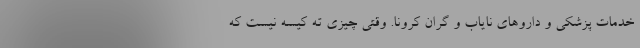
خدمات پزشکی و داروهای نایاب و گران کرونا. وقتی چیزی ته کیسه نیست که